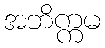
အဘိက္ကမ